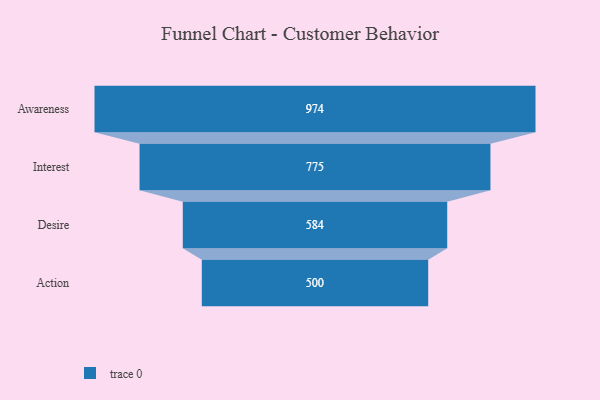
{"axis": {"x": "Stage", "y": "Value"}, "legend": [""], "data": [{"x": "Awareness", "y": 974.0, "type": ""}, {"x": "Interest", "y": 775.0, "type": ""}, {"x": "Desire", "y": 584.0, "type": ""}, {"x": "Action", "y": 500, "type": ""}]}